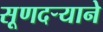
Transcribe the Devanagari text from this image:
सूणदर्‍याने